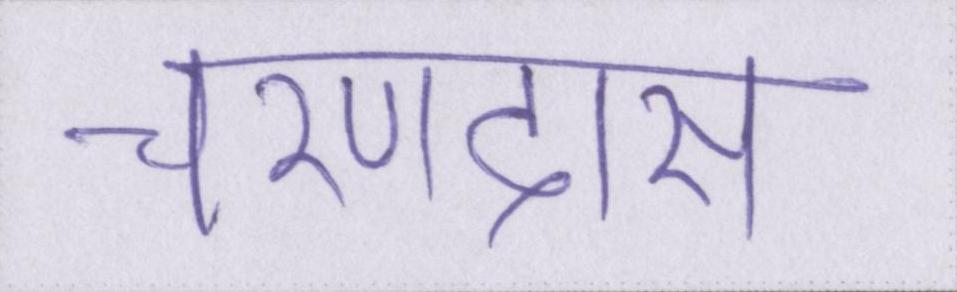
चरणदास